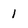
Character: 1